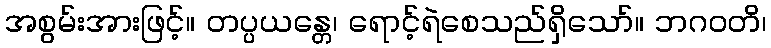
အစွမ်းအားဖြင့်။ တပ္ပယန္တေ၊ ရောင့်ရဲစေသည်ရှိသော်။ ဘဂဝတိ၊